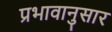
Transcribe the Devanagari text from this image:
प्रभावानुसार